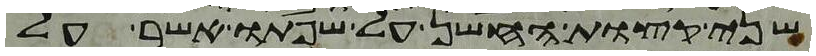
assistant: שני קצות החשן על שפתו אשר על